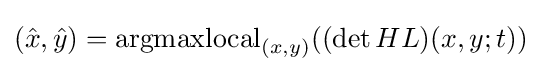
({\hat {x}},{\hat {y}})=\operatorname {argmaxlocal} _{(x,y)}((\det HL)(x,y;t))